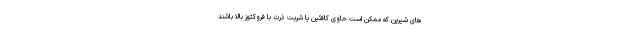
های شیرین که ممکن است حاوی کافئین یا شربت ذرت با فروکتوز بالا باشند